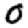
Digit: 0